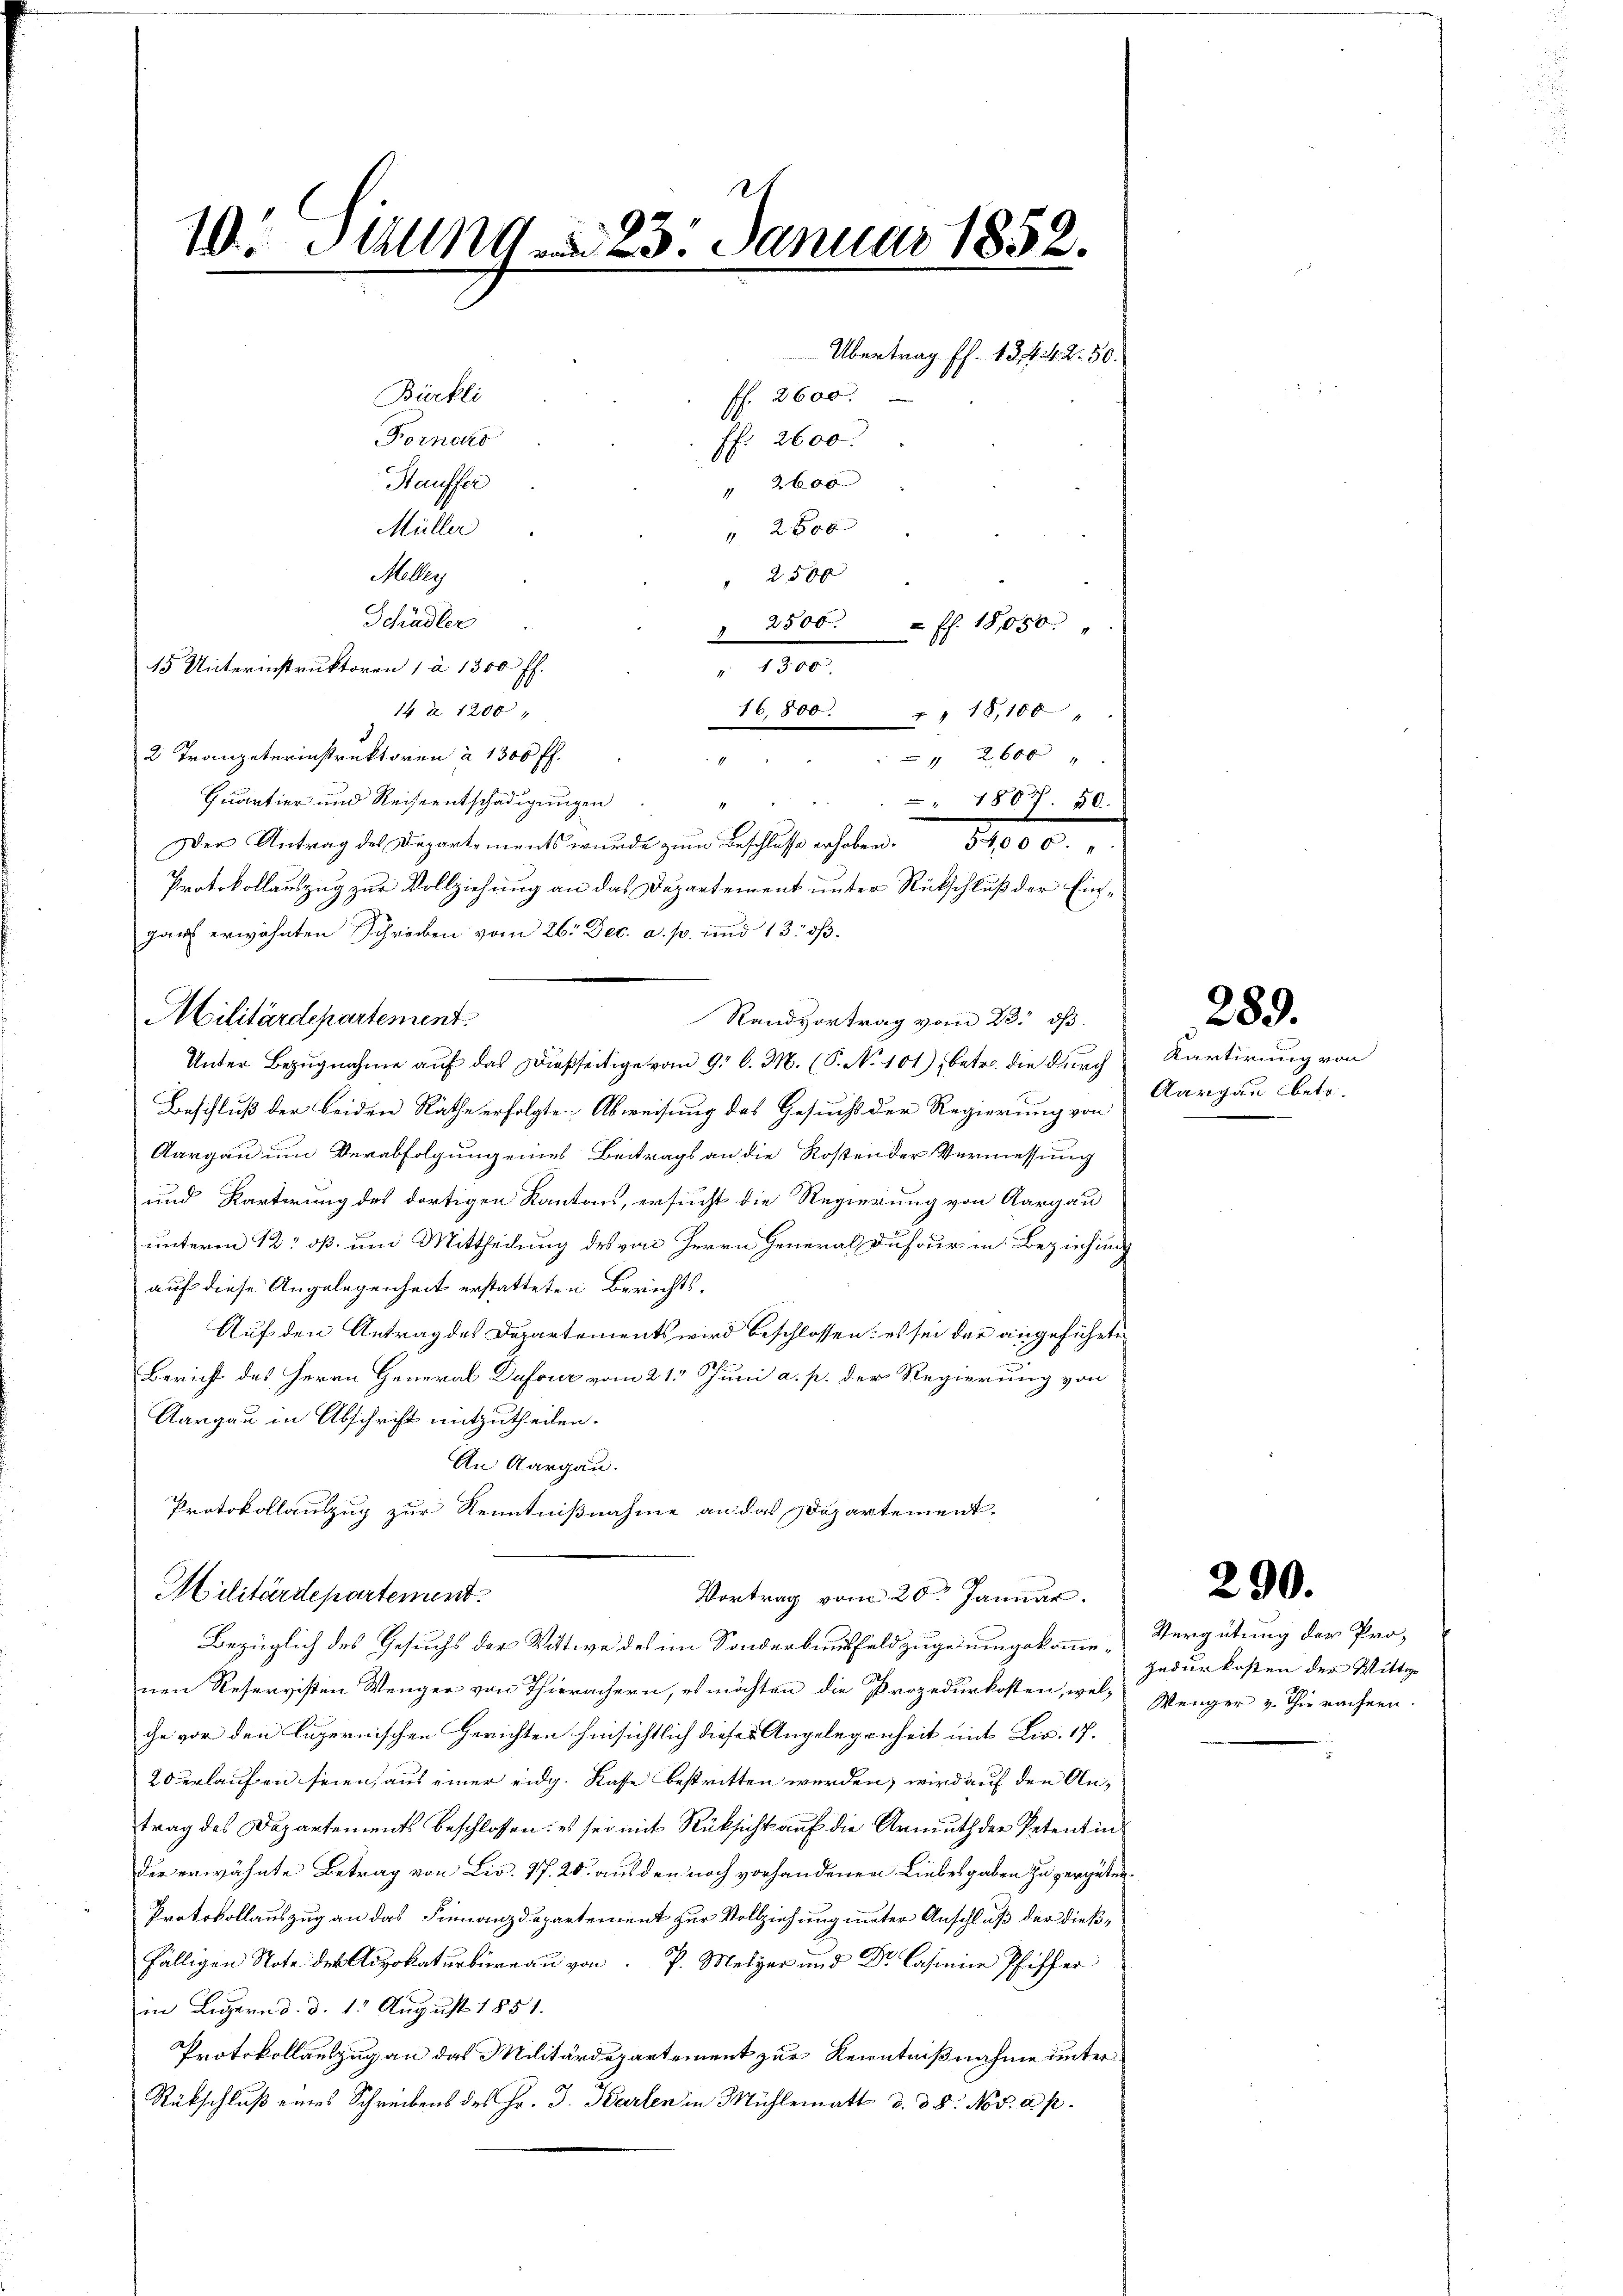
e
10 Al. 23. Januar 1852.

Bürkli
ff. 2600
Fornekr
ff. 2600.
Hausser
" 2600
Müller
 2500
MAy
 25 xx
Schädler
" 2500. fl. 18050.
45 Unterinstruktoren 1 à 1300 ff.
" 1300
14 Z. 1200
16,800 " " 18, 100
2 Trangeterinstruktoren à 1300 ff.
" 2600 "
1
Quartier und Reiseentschädigungen
" 1807. 50.
Der Antrag des Departements wurde zum Beschlusse erhoben. 54,000.
Protokollauszug zur Vollziehung an das Departement unter Rückschluß der Eingart erwähnten Schreiben vom 26. Dec. a. p. und 135.
Militärdepartement.
Randvortrag vom 23. ds.
Unter Bezugnahme auf das Dießseitige vom 9. d. M. (P. No 101), betr. die durch
Beschluß der beiden Räthe erfolgte Abweisung des Gesucht der Regierung von
Aargau um Verabfolgung eines Beitrags an die Kosten der Vermessung
und Karterung des dortigen Kantons, ersucht die Regierung von Aargau
unterm 12: oß um Mittheilung des von Herrn General Dufour in Beziehung
auf diese Angelegenheit erstatteten Berichts¬
Auf den Antrag des Departements wird beschlossen: es sei der angeführte
Bericht des Herrn General Dufour vom 21t Juni a. p. der Regierung von
Aargau in Abschrift mitzutheilen.
An Aargau.
Protokollauszug zur Kenntnißnahme an das Departement.
Militärdepartement
Vortrag vom 20. Januar.
Bezüglich des Gesuchs der Wittwe des im Sonderbausfeldzuge umgekommenen Reservisten Wenger von Thierachern, es möchten die Prozedurkosten, wel-
ce vor den Luzernischen Gerichten hinsichtlich dieses Angelegenheit mit Lis. 17.
20 erlaufen seien, auf einer eidg. Kasse bestritten werden, wird auf den Antrag des Departements beschlossen: es sei mit Rüksicht auf die Armuth der Petent in
der erwähnte Betrag von Liv. 17. 20. aus den noch vorhandenen Liebesgaben zu zergeben.
Protokollauszug an das Finanzdepartement zur Vollziehung unter Anschluß der dießfälligen Note der katurbureau von P. Meter und Dr. Cassene Pfiffer
in Luzern d. d. 1. August 1851.
Protokollauszug an das Militärdepartement zur Kenntnißnahme unter
Rückschluß eines Schreibens des Hr. J. Karten in Mühlematt d. d. 8. Nov. a. p.

Übertrag ff. 134. 42. 50.

Kartirung von
Aargau betr.

289.

290.

Vergütung der Pro-
zedurkosten der Wittwe
Wenger v. Thierachern